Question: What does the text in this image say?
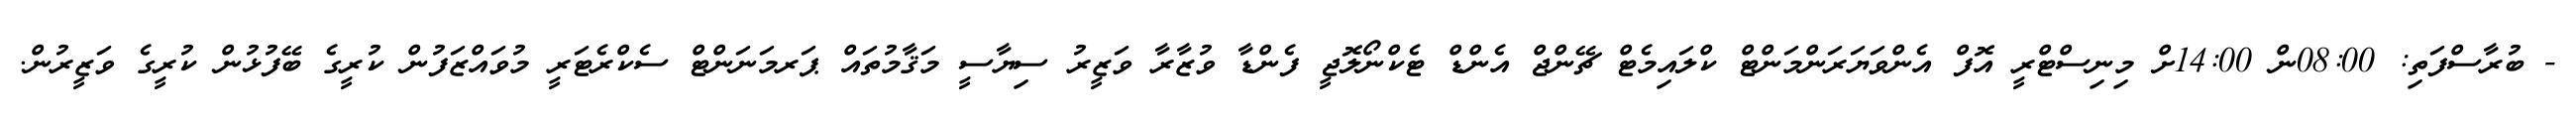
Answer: - ބުރާސްފަތި: 08:00ން 14:00ށް މިނިސްޓްރީ އޮފް އެންވަޔަރަންމަންޓް ކްލައިމެޓް ޗޭންޖް އެންޑް ޓެކްނޯލޮޖީ ފެންޑާ ވުޒާރާ ވަޒީރު ސިޔާސީ މަޤާމުތައް ޕަރމަނަންޓް ސެކްރެޓަރީ މުވައްޒަފުން ކުރީގެ ބޭފުޅުން ކުރީގެ ވަޒީރުން.